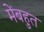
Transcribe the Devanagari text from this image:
मेंबहुत